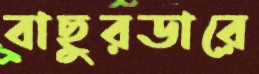
বাছুরডারে